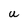
Character: U